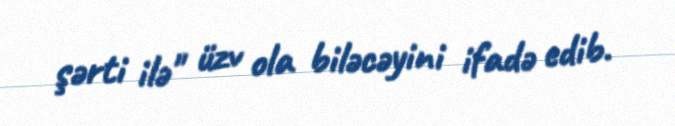
şərti ilə" üzv ola biləcəyini ifadə edib.